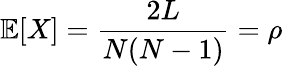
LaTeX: \mathbb{E}[X]=\frac{2L}{N(N-1)}=\rho